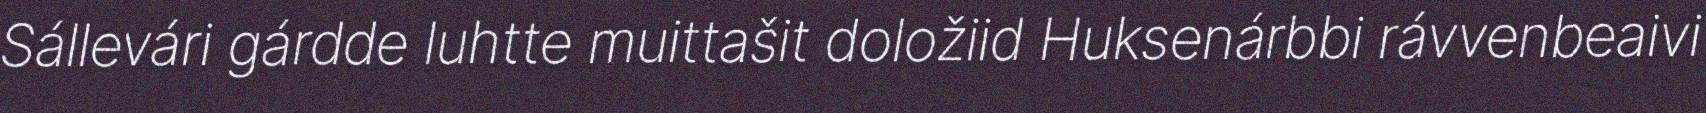
Sállevári gárdde luhtte muittašit doložiid Huksenárbbi rávvenbeaivi